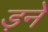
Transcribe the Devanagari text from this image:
ड़ने